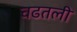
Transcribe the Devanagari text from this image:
चढतली